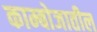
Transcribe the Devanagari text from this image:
काम्बोजातील